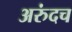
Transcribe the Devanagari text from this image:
अरुंदच